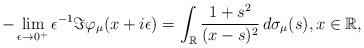
LaTeX: \begin{align*}-\lim_{\epsilon\rightarrow 0^{+}}\epsilon^{-1}\Im\varphi_\mu(x+i\epsilon) =\int_\mathbb{R}\frac{1+s^2}{(x-s)^2}\,d\sigma_\mu(s),x\in \mathbb{R},\end{align*}